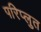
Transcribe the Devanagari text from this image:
परिप्लुत